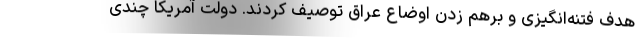
هدف فتنه‌انگیزی و برهم زدن اوضاع عراق توصیف کردند. دولت آمریکا چندی